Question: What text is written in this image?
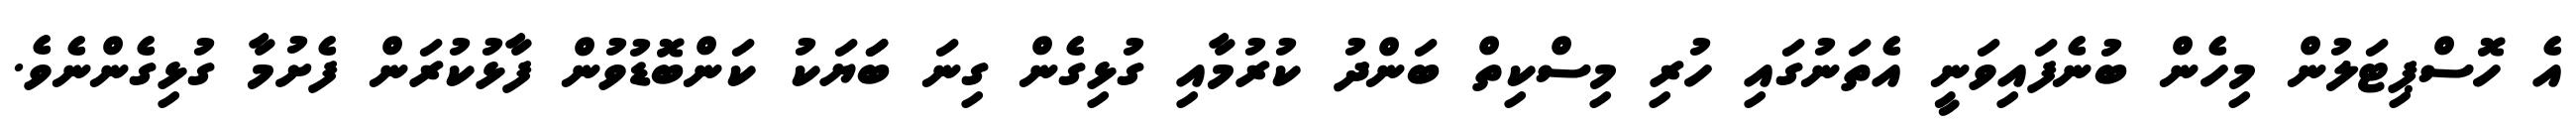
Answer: އެ ހޮސްޕިޓަލުން މިހެން ބުނެފައިވަނީ އެތަނުގައި ހުރި މިސްކިތް ބަންދު ކުރުމާއި ގުޅިގެން ގިނަ ބަަޔަކު ކަންބޮޑުވުން ފާޅުކުރަން ފެށުމާ ގުޅިގެންނެވެ.